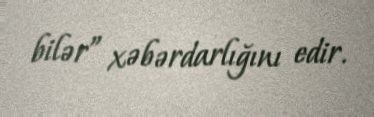
bilər” xəbərdarlığını edir.